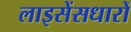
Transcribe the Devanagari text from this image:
लाइसेंसधारों